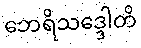
ဘေရိသဒ္ဒေါတိ